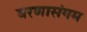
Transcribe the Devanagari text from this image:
वरणासंगम